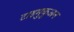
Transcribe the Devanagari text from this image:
टाइमुकुअन